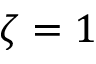
\zeta = 1